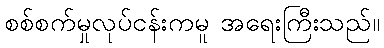
စစ်စက်မှုလုပ်ငန်းကမူ အရေးကြီးသည်။